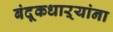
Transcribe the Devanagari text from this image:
बंदूकधाऱ्यांना